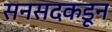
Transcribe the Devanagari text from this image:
सनसदकडून